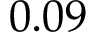
0 . 0 9